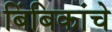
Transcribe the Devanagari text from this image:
बिंबिकांचे